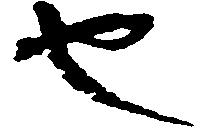
也